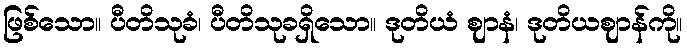
ဖြစ်သော။ ပီတိသုခံ၊ ပီတိသုခရှိသော။ ဒုတိယံ ဈာနံ၊ ဒုတိယဈာန်ကို။